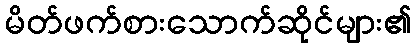
မိတ်ဖက်စားသောက်ဆိုင်များ၏